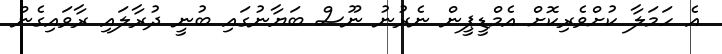
އެ ހަމަލާ ކުށްވެރިކޮށް އެމްޑީޕީން ނެރުނު ނޫސް ބަޔާނުގައި ބުނީ ދުރާލައި ރާވައިގެން